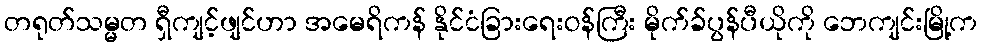
တရုတ်သမ္မတ ရှီကျင့်ဖျင်ဟာ အမေရိကန် နိုင်ငံခြားရေးဝန်ကြီး မိုက်ခ်ပွန်ပီယိုကို ဘေကျင်းမြို့က